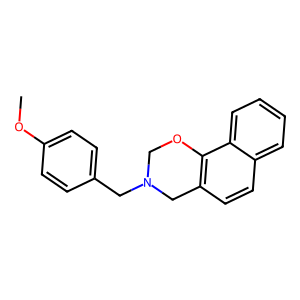
SMILES: COc1ccc(CN2COc3c(ccc4ccccc34)C2)cc1
Inhibits HIV replication: No